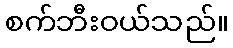
စက်ဘီးဝယ်သည်။